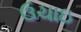
ઉચાઇ